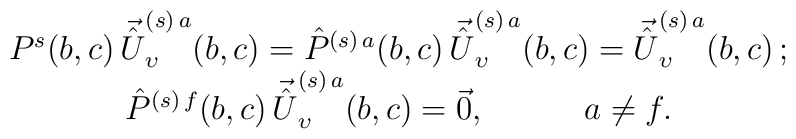
\begin{array}{c}P^s(b,c)\, \vec{\hat U}^{(s)\,a}_{\upsilon}(b,c)= \hat P^{(s)\,a}(b,c)\, \vec{\hat U}^{(s)\,a}_{\upsilon}(b,c)=\vec{\hat U}^{(s)\,a}_{\upsilon}(b,c)\, ;\\\hat P^{(s)\,f}(b,c)\, \vec{\hat U}^{(s)\,a}_{\upsilon}(b,c)=\vec 0,\qquad\quad a\neq f.\end{array}